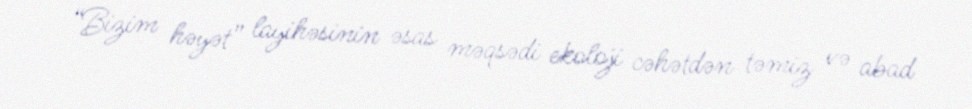
“Bizim həyət” layihəsinin əsas məqsədi ekoloji cəhətdən təmiz və abad